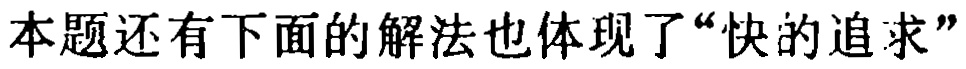
本题还有下面的解法也体现了“快的追求”